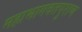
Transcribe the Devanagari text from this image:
महाभागवतपुराण